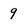
Character: 9